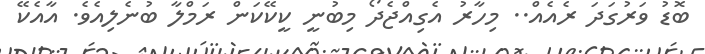
ބޮޑު ވަރުގަދަ ރެއެއް.. މިހާރު އެގިއްޖެދޯ މިބުނީ ކީކޭކަން ރަމްލާ ބުނެލިއެވެ. އާއެކޭ